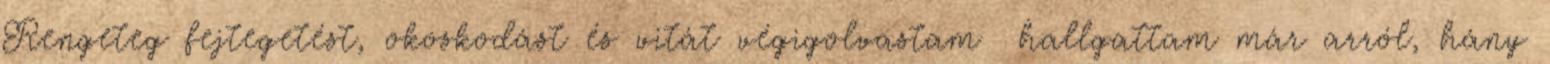
Rengeteg fejtegetést, okoskodást és vitát végigolvastam hallgattam már arról, hány